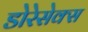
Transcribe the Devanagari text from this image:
डोरेसेक्स